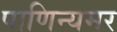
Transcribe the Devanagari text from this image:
पाणिन्यमर